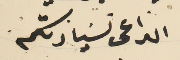
الداعى  لسَيادتكم